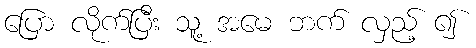
ပြော လိုက်ပြီး သူ့ အမေ ဘက် လှည့် ၍